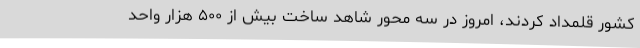
کشور قلمداد کردند، امروز در سه محور شاهد ساخت بیش از ۵۰۰ هزار واحد